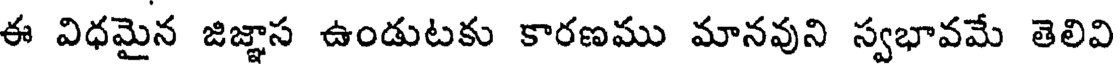
ఈ విధమైన జిజ్ఞాస ఉండుటకు కారణము మానవుని స్వభావమే తెలివి